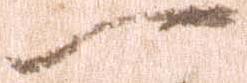
一